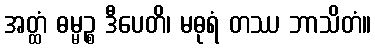
အတ္ထံ ဓမ္မဉ္စ ဒီပေတိ၊ မဓုရံ တဿ ဘာသိတံ။